Rangoon Lunatic Asylum 1878-1892 - 1878-1892
Year: 1878
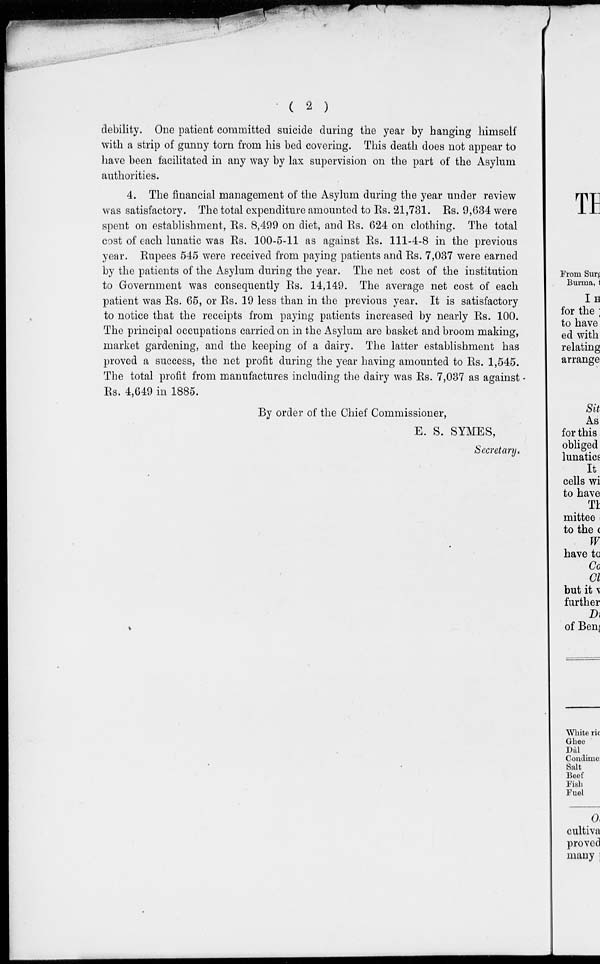
( 2 )
debility. One patient committed suicide during the year by hanging himself
with a strip of gunny torn from his bed covering. This death does not appear to
have been facilitated in any way by lax supervision on the part of the Asylum
authorities.
4. The financial management of the Asylum during the year under review
was satisfactory. The total expenditure amounted to Rs. 21,731. Rs. 9,634 were
spent on establishment, Rs. 8,499 on diet, and Rs. 624 on clothing. The total
cost of each lunatic was Rs. 100-5-11 as against Rs. 111-4-8 in the previous
year. Rupees 545 were received from paying patients and Rs. 7,037 were earned
by the patients of the Asylum during the year. The net cost of the institution
to Government was consequently Rs. 14,149. The average net cost of each
patient was Rs. 65, or Rs. 19 less than in the previous year. It is satisfactory
to notice that the receipts from paying patients increased by nearly Rs. 100.
The principal occupations carried on in the Asylum are basket and broom making,
market gardening, and the keeping of a dairy. The latter establishment has
proved a success, the net profit during the year having amounted to Rs. 1,545.
The total profit from manufactures including the dairy was Rs, 7,037 as against
Rs. 4,649 in 1885.
By order of the Chief Commissioner,
E. S. SYMES,
Secretary.